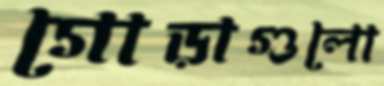
গোড়াগুলো